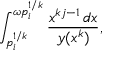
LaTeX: \int _ { p _ { i } ^ { 1 / k } } ^ { \omega p _ { i } ^ { 1 / k } } \frac { x ^ { k j - 1 } \, d x } { y ( x ^ { k } ) } ,